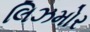
લિઝમોર